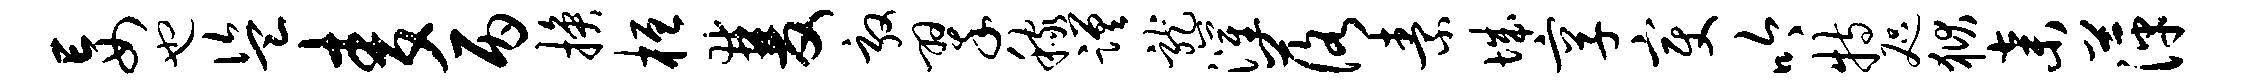
妄也盗麦丙换桓双敦翠稼蹉龙灌落素城享变吟特咫狱弃萍